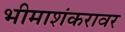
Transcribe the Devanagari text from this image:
भीमाशंकरावर